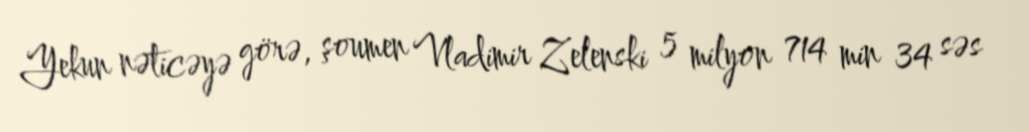
Yekun nəticəyə görə, şoumen Vladimir Zelenski 5 milyon 714 min 34 səs